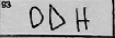
Transcription: ODH